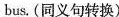
bus. (同义句转换)